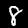
Label: 8